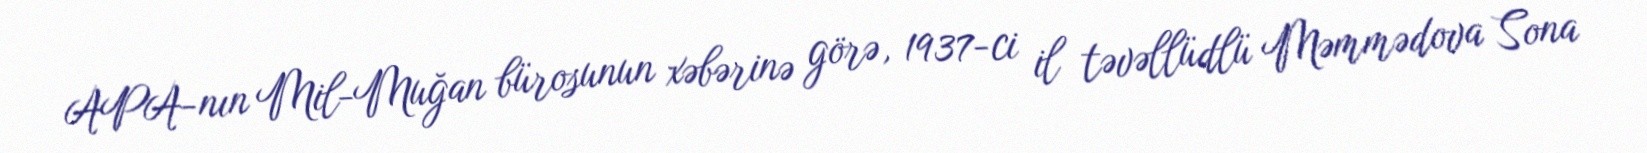
APA-nın Mil-Muğan bürosunun xəbərinə görə, 1937-ci il təvəllüdlü Məmmədova Sona